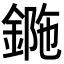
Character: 𨧯